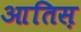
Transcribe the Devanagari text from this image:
आतिस़